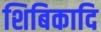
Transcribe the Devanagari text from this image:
शिबिकादि